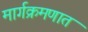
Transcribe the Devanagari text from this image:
मार्गक्रमणात